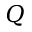
Q